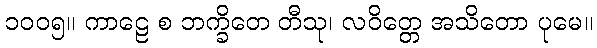
၁၀၀၅။ ကာဠေ စ ဘက္ခိတေ တီသု၊ လဝိတ္တေ အသိတော ပုမေ။